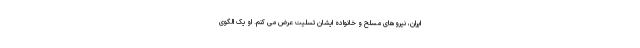
ایران، نیروهای مسلح و خانواده ایشان تسلیت عرض می کنم. او یک الگوی